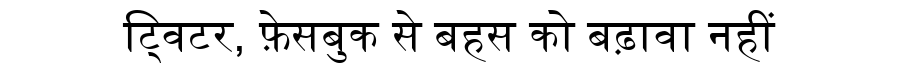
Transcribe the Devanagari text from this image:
ट्विटर, फ़ेसबुक से बहस को बढ़ावा नहीं